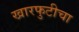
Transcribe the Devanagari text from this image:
खारफुटीचा